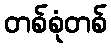
တစ်စုံတစ်